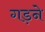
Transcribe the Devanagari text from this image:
गड़ने